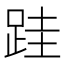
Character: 跬